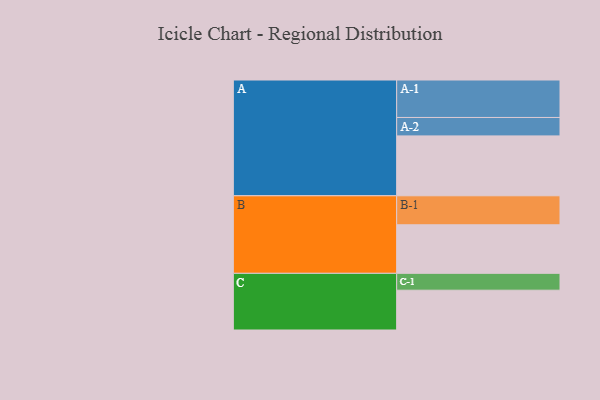
{"axis": {"x": "Segment", "y": "Value"}, "legend": ["", "A", "B", "C"], "data": [{"x": "A", "y": 465, "type": ""}, {"x": "B", "y": 377, "type": ""}, {"x": "C", "y": 309, "type": ""}, {"x": "A-1", "y": 291, "type": "A"}, {"x": "A-2", "y": 143, "type": "A"}, {"x": "B-1", "y": 225, "type": "B"}, {"x": "C-1", "y": 131, "type": "C"}]}